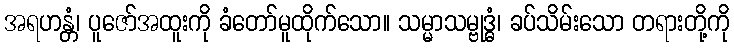
အရဟန္တံ၊ ပူဇော်အထူးကို ခံတော်မူထိုက်သော။ သမ္မာသမ္ဗုဒ္ဓံ၊ ခပ်သိမ်းသော တရားတို့ကို